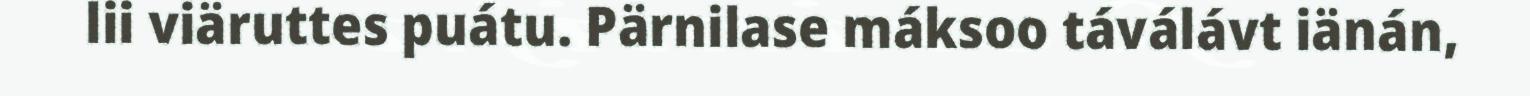
lii viäruttes puátu. Pärnilase máksoo táválávt iänán,